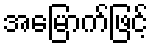
အမြောက်ဖြင့်